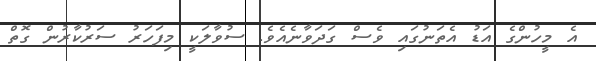
އެ މީހުންގެ އަޑު އެތަނުގައި ވެސް ގަދަވާނެއެވެ. ސުވާލަކީ މިފަހަރު ސަރުކާރުން ގޮތް